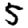
Digit: 5